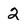
Character: 2